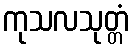
ကုသလသုတ္တံ